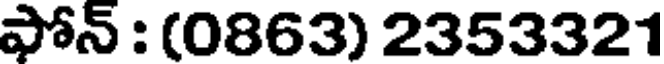
ఫోన్ : (0863) 2353321